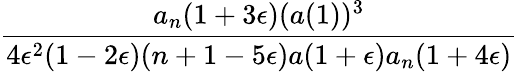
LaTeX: \frac{a_{n}(1+3\epsilon)(a(1))^{3}}{4\epsilon^{2}(1-2\epsilon)(n+1-5\epsilon)a(1+\epsilon)a_{n}(1+4\epsilon)}